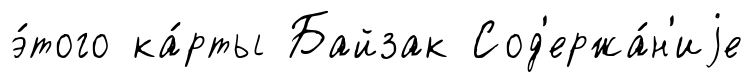
э́того ка́рты Байзак Сод'ержа́н'иjе